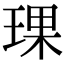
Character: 𬍯